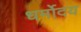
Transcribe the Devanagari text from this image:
धर्मोदय